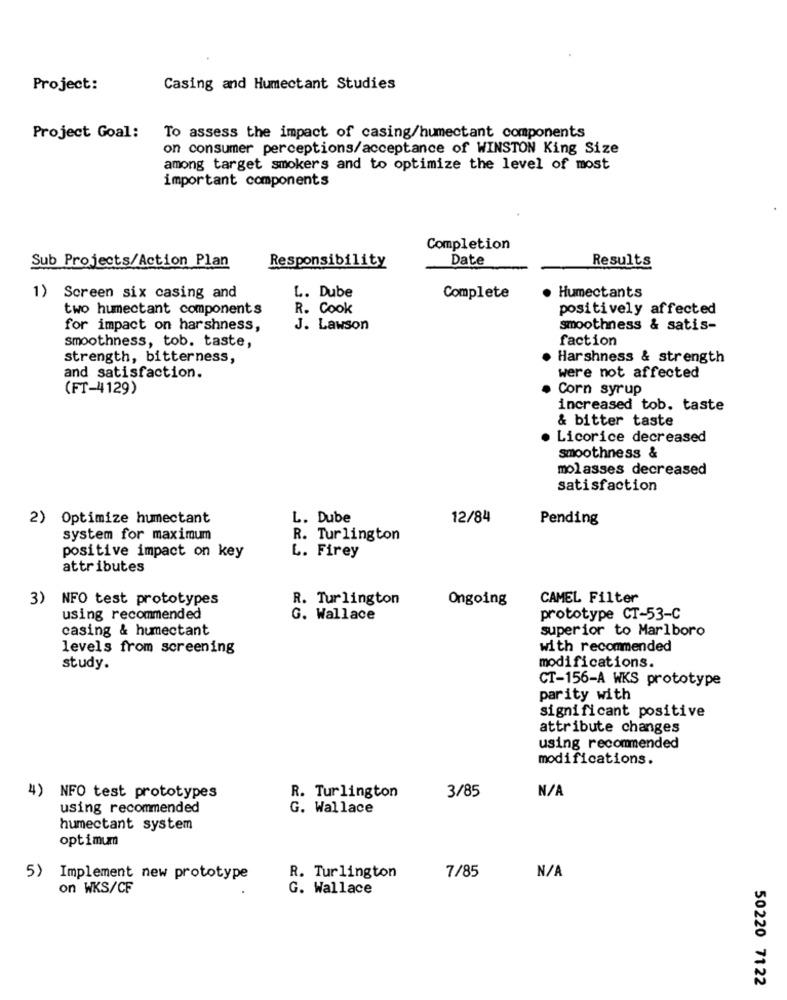
Project:
Casing and Humectant Studies
Project Goal:
To assess the impact of casing/humectant components
on consumer perceptions/acceptance of WINSTON King Size
among target smokers and to optimize the level of most
important components
Completion
Sub Projects/Action Plan
Date
Responsibility
Results
L. Dube
1) Screen six casing and
Complete
. Humectants
two humectant components
R. Cook
positively affected
for impact on harshness,
J. Lawson
smoothness & satis-
smoothness, tob. taste,
faction
strength, bitterness,
Harshness & strength
and satisfaction.
were not affected
(FT-4129)
Corn syrup
increased tob. taste
& bitter taste
Licorice decreased
smoothness &
molasses decreased
satisfaction
2) Optimize humectant
L. Dube
12/84
Pending
system for maximum
R. Turlington
L. Firey
positive impact on key
attributes
3)
NFO test prototypes
R. Turlington
Ongoing
CAMEL Filter
using recommended
G. Wallace
prototype CT-53-C
casing & humectant
superior to Marlboro
levels from screening
with recommended
modifications.
study.
CT-156-A WKS prototype
parity with
significant positive
attribute changes
using recommended
modifications.
3/85
4) NFO test prototypes
R. Turlington
using recommended
G. Wallace
humectant system
optimum
5) Implement new prototype
R. Turlington
7/85
on WKS/CF
G. Wallace
50220 7122